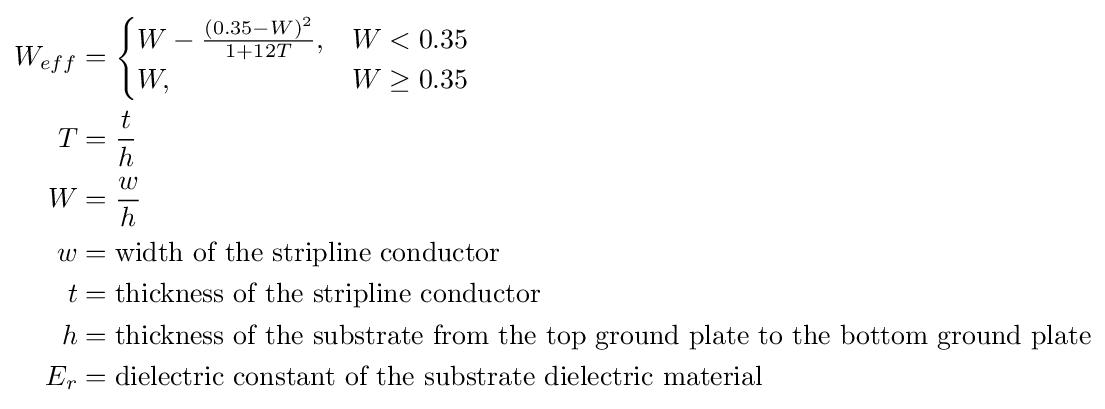
{\begin{aligned}W_{eff}&={\begin{cases}W-{\frac {(0.35-W)^{2}}{1+12T}},&W<0.35\\W,&W\geq 0.35\end{cases}}\\T&={\frac {t}{h}}\\W&={\frac {w}{h}}\\w&={\text{width of the stripline conductor}}\\t&={\text{thickness of the stripline conductor}}\\h&={\text{thickness of the substrate from the top ground plate to the bottom ground plate}}\\E_{r}&={\text{dielectric constant of the substrate dielectric material}}\end{aligned}}